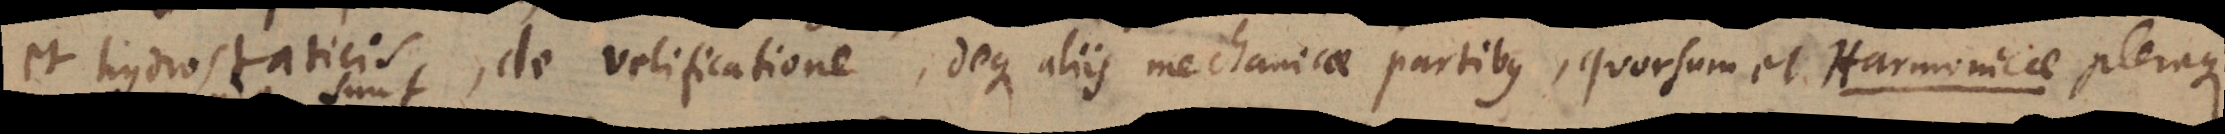
et hydrostaticis, de velificatione, deque aliis mechanicae partibus, quorsum et Harmonicae pleraque